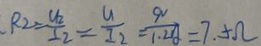
R _ { 2 } \times \frac { U _ { 2 } } { I _ { 2 } } = \frac { U } { I _ { 2 } } = \frac { 9 } { 1 . 2 g } = 7 . 5 \Omega